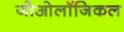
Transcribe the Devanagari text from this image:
जोओलॉजिकल